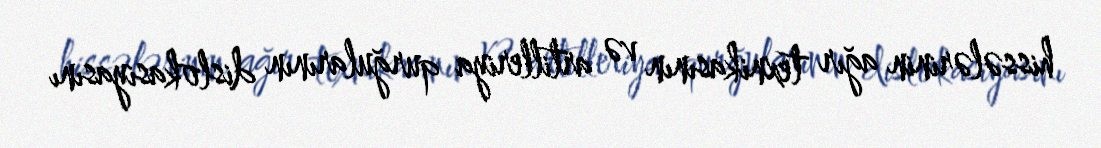
hissələrinin ağır texnikasının və artilleriya qurğularının dislokasiyasını